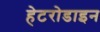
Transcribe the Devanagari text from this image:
हेटरोडाइन